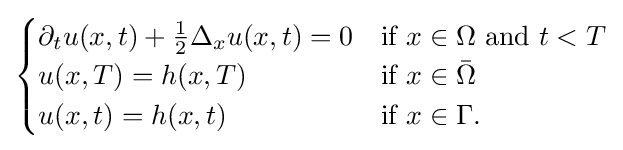
{\begin{cases}\partial _{t}u(x,t)+{\frac {1}{2}}\Delta _{x}u(x,t)=0&{\mbox{if }}x\in \Omega {\mbox{ and }}t<T\\u(x,T)=h(x,T)&{\mbox{if }}x\in {\bar {\Omega }}\\u(x,t)=h(x,t)&{\mbox{if }}x\in \Gamma .\end{cases}}